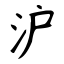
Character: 沪